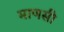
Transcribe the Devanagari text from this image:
माणसी